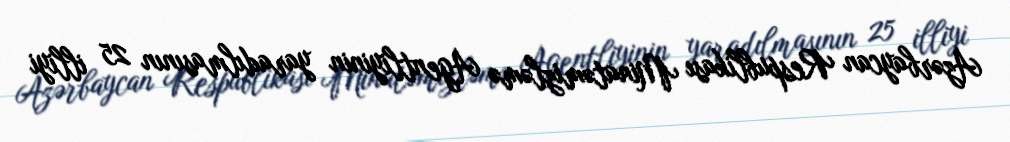
Azərbaycan Respublikası Minatəmizləmə Agentliyinin yaradılmasının 25 illiyi